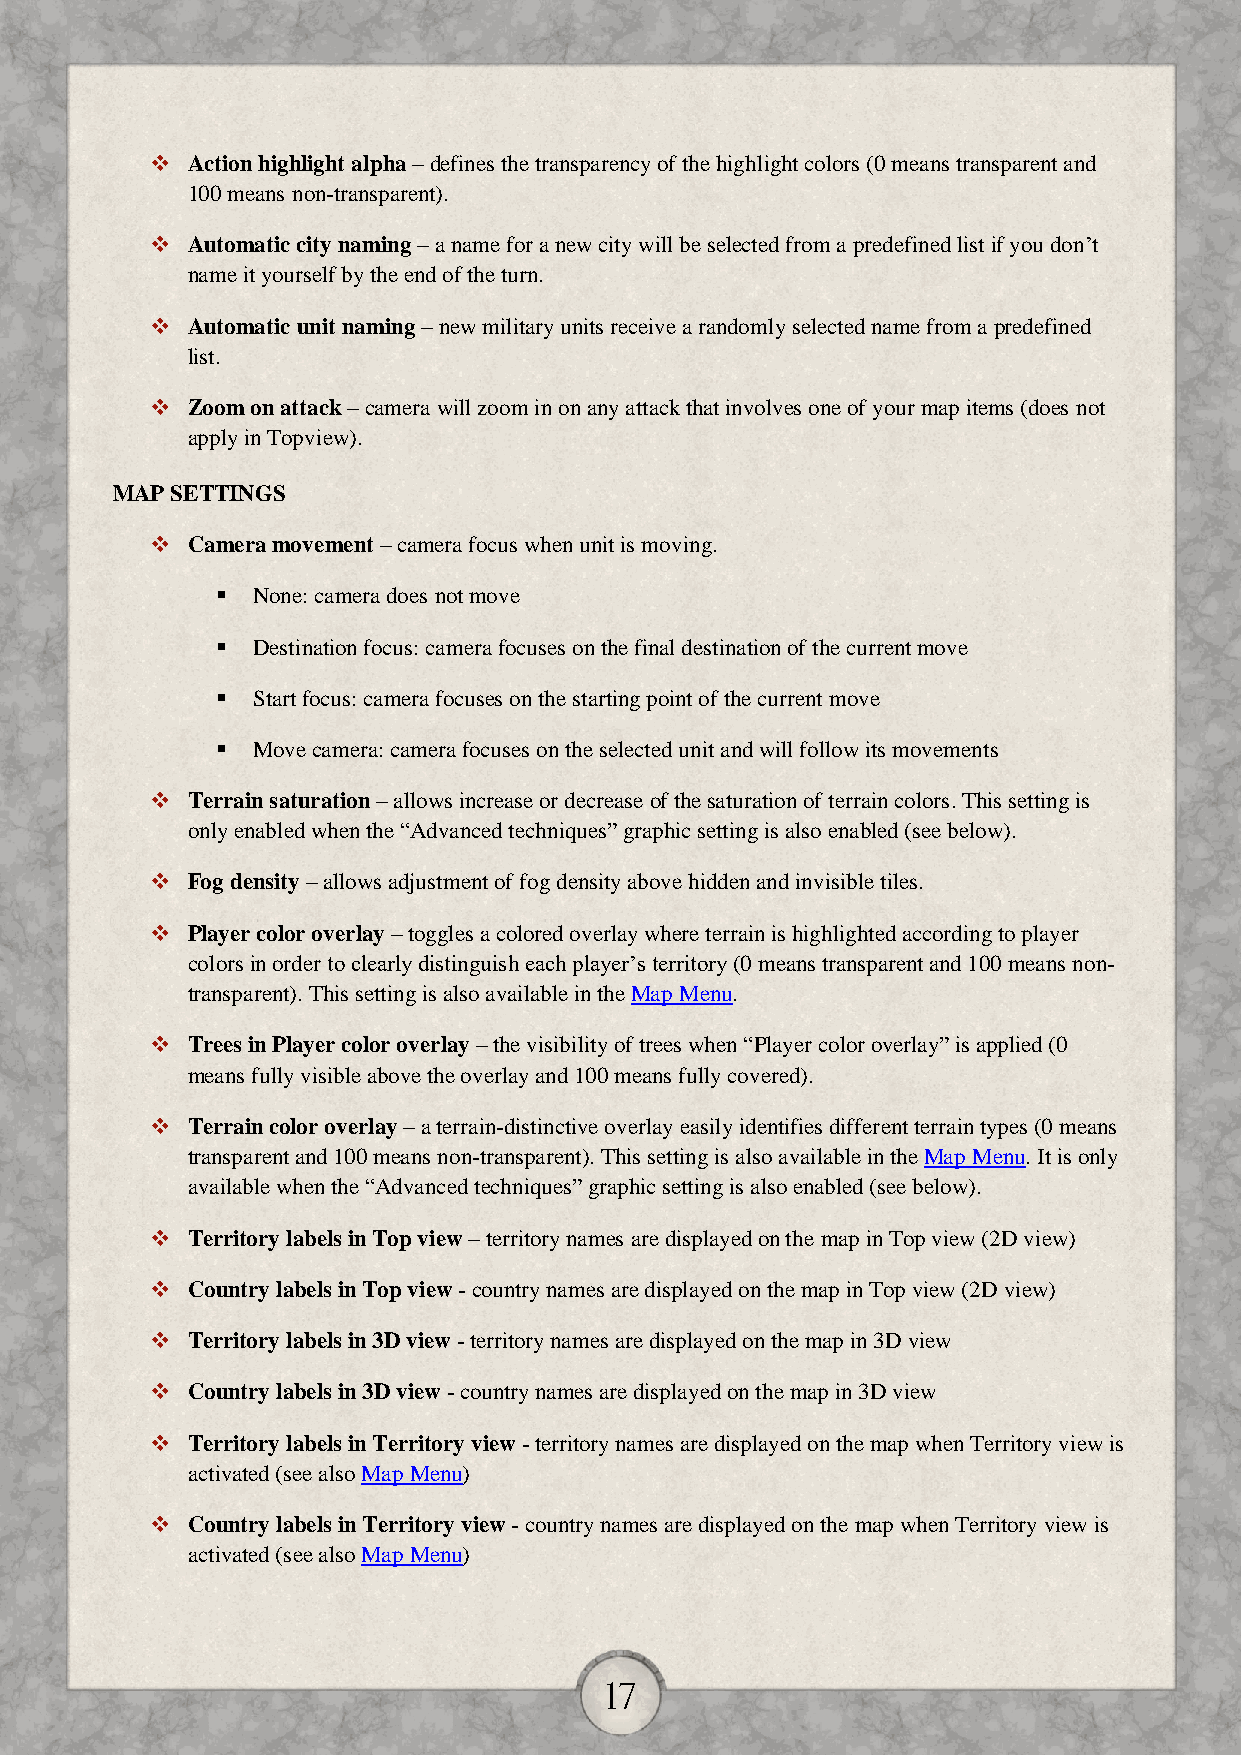
 Action highlight alpha – defines the transparency of the highlight colors (0 means transparent and
 100 means non-transparent).
  Automatic city naming – a name for a new city will be selected from a predefined list if you don’t
 name it yourself by the end of the turn.
  Automatic unit naming – new military units receive a randomly selected name from a predefined
 list.
  Zoom on attack – camera will zoom in on any attack that involves one of your map items (does not
 apply in Topview).
 MAP SETTINGS
  Camera movement – camera focus when unit is moving.
   None: camera does not move
   Destination focus: camera focuses on the final destination of the current move
   Start focus: camera focuses on the starting point of the current move
   Move camera: camera focuses on the selected unit and will follow its movements
  Terrain saturation – allows increase or decrease of the saturation of terrain colors. This setting is
 only enabled when the “Advanced techniques” graphic setting is also enabled (see below).
  Fog density – allows adjustment of fog density above hidden and invisible tiles.
  Player color overlay – toggles a colored overlay where terrain is highlighted according to player
 colors in order to clearly distinguish each player’s territory (0 means transparent and 100 means non-
 transparent). This setting is also available in the Map Menu.
  Trees in Player color overlay – the visibility of trees when “Player color overlay” is applied (0
 means fully visible above the overlay and 100 means fully covered).
  Terrain color overlay – a terrain-distinctive overlay easily identifies different terrain types (0 means
 transparent and 100 means non-transparent). This setting is also available in the Map Menu. It is only
 available when the “Advanced techniques” graphic setting is also enabled (see below).
  Territory labels in Top view – territory names are displayed on the map in Top view (2D view)
  Country labels in Top view - country names are displayed on the map in Top view (2D view)
  Territory labels in 3D view - territory names are displayed on the map in 3D view
  Country labels in 3D view - country names are displayed on the map in 3D view
  Territory labels in Territory view - territory names are displayed on the map when Territory view is
 activated (see also Map Menu)
  Country labels in Territory view - country names are displayed on the map when Territory view is
 activated (see also Map Menu)
 17